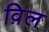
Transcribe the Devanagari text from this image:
व़िल